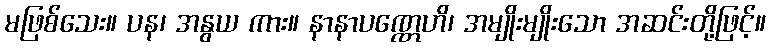
မဖြစ်သေး။ ပန၊ အနွယ ကား။ နာနာပဏ္ဏေဟိ၊ အမျိုးမျိုးသော အဆင်းတို့ဖြင့်။